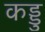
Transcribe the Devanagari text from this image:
कड्डु